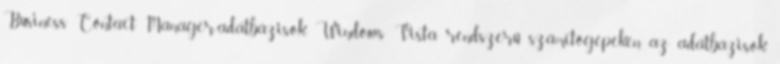
Business Contact Manager-adatbázisok. Windows Vista rendszerű számítógépeken az adatbázisok